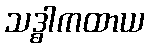
သဒ္ဓါကထာယ